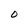
Character: O